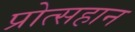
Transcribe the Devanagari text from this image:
प्रोत्सहान